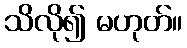
သိလို၍ မဟုတ်။